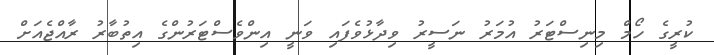
ކުރީގެ ހޯމް މިނިސްޓަރު އުމަރު ނަސީރު ވިދާޅުވެފައި ވަނީ އިންވެސްޓަރުންގެ އިތުބާރު ރާއްޖެއަށް